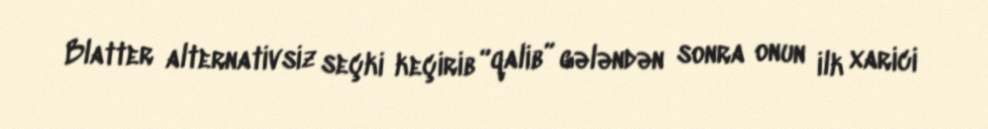
Blatter alternativsiz seçki keçirib “qalib” gələndən sonra onun ilk xarici